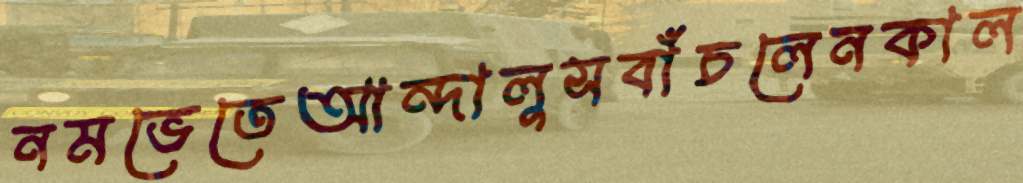
নমভেতেআন্দালুসবাঁচলেনকাল